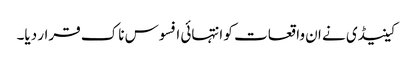
کینیڈی نے ان واقعات کو انتہائی افسوس ناک قرار دیا۔